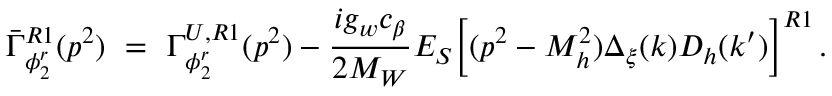
\bar { \Gamma } _ { \phi _ { 2 } ^ { r } } ^ { R 1 } ( p ^ { 2 } ) \ = \ \Gamma _ { \phi _ { 2 } ^ { r } } ^ { U , R 1 } ( p ^ { 2 } ) - \frac { i g _ { w } c _ { \beta } } { 2 M _ { W } } E _ { S } \Big [ ( p ^ { 2 } - M _ { h } ^ { 2 } ) \Delta _ { \xi } ( k ) D _ { h } ( k ^ { \prime } ) \Big ] ^ { R 1 } \, .